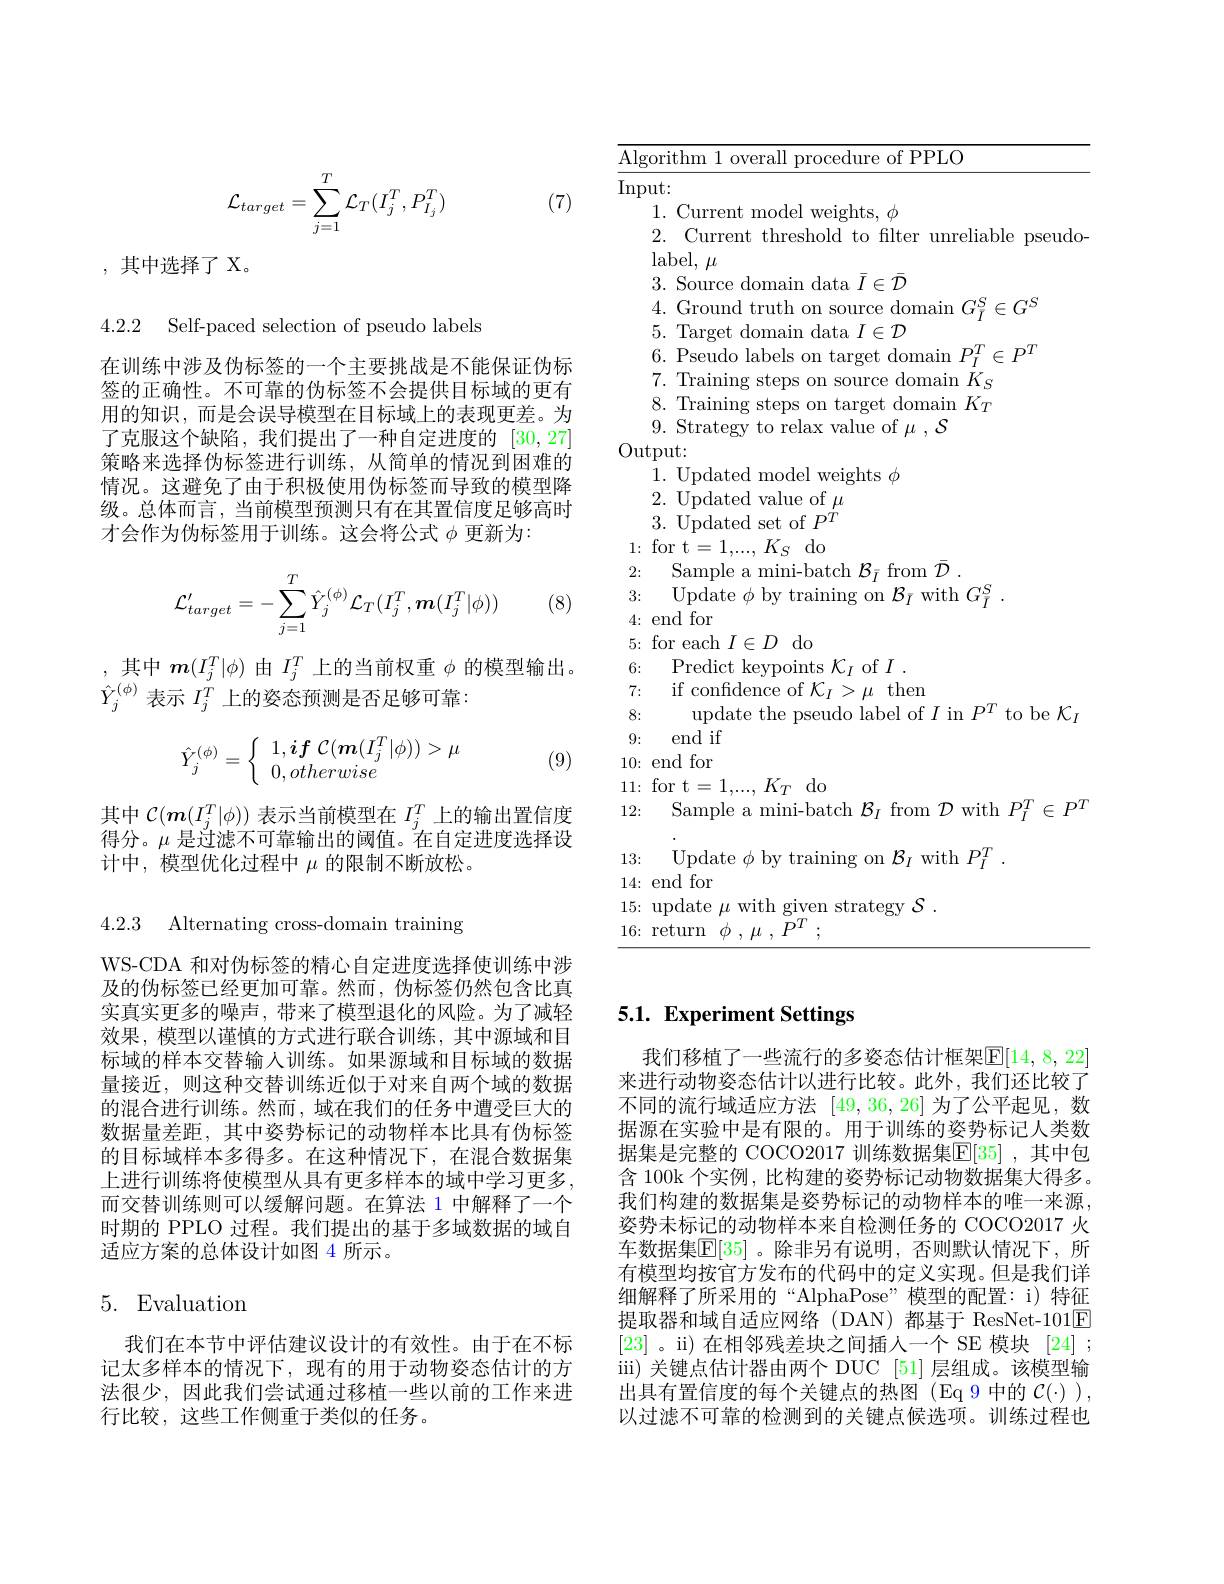
$$\mathcal{L}_{target}=\sum_{j=1}^T\mathcal{L}_T(I_j^T,P_{I_j}^T)$$
(7)

,其中选择了 X。

4.2.2 Self-paced selection of pseudo labels

在训练中涉及伪标签的一个主要挑战是不能保证伪标签的正确性。不可靠的伪标签不会提供目标域的更有用的知识，而是会误导模型在目标域上的表现更差。为了克服这个缺陷，我们提出了一种自定进度的[30,27] 策略来选择伪标签进行训练，从简单的情况到困难的情况。这避免了由于积极使用伪标签而导致的模型降级。总体而言，当前模型预测只有在其置信度足够高时才会作为伪标签用于训练。这会将公式$\phi$更新为：
$$\mathcal{L}_{target}'=-\sum_{j=1}^T\hat{Y}_j^{(\phi)}\mathcal{L}_T(I_j^T,\boldsymbol{m}(I_j^T|\phi))$$
(8)

,其中$m(I_j^T|\phi)$由$I_j^T$上的当前权重$\phi$的模型输出。
$\hat{Y}_{j}^{(\phi)}$表示$I_j^T$上的姿态预测是否足够可靠：
$$\hat{Y}_j^{(\phi)}=\left\{\begin{array}{l}1,\boldsymbol{if}\:\mathcal{C}(\boldsymbol{m}(I_j^T|\phi))>\mu\\0,otherwise\end{array}\right.$$
(9)

其中$\mathcal{C}(\boldsymbol{m}(I_j^T|\phi))$表示当前模型在$I_j^T$上的输出置信度得分。$\mu$是过滤不可靠输出的阈值。在自定进度选择设计中，模型优化过程中$\mu$的限制不断放松。

4.2.3 Alternating cross-domain training

WS-CDA 和对伪标签的精心自定进度选择使训练中涉及的伪标签已经更加可靠。然而，伪标签仍然包含比真实真实更多的噪声，带来了模型退化的风险。为了减轻效果，模型以谨慎的方式进行联合训练，其中源域和目标域的样本交替输人训练。如果源域和目标域的数据量接近，则这种交替训练近似于对来自两个域的数据的混合进行训练。然而，域在我们的任务中遭受巨大的数据量差距，其中姿势标记的动物样本比具有伪标签的目标域样本多得多。在这种情况下，在混合数据集上进行训练将使模型从具有更多样本的域中学习更多， 而交替训练则可以缓解问题。在算法 1 中解释了一个时期的 PPLO 过程。我们提出的基于多域数据的域自适应方案的总体设计如图 4 所示。

## 5. Evaluation

我们在本节中评估建议设计的有效性。由于在不标记太多样本的情况下，现有的用于动物姿态估计的方法很少，因此我们尝试通过移植一些以前的工作来进行比较，这些工作侧重于类似的任务。

Algorithm 1 overall procedure of PPLO
Input:
1. Current model weights, $\phi$
2. Current threshold to filter unreliable pseudo-
$\begin{array}{l}\mathrm{label,~}\mu\\3.\:\mathrm{Source~domain~data~}\bar{I}\in\bar{\mathcal{D}}\end{array}$
4. Ground truth on source domain $G_{I}^{S}\in G^{S}$
5. Target domain data $I\in\mathcal{D}$
$\begin{array}{l}6.&\mathrm{Pseudo~labels~on~target~domain~}P_{I}^{T}\in P^{T}\\7.&\mathrm{Training~steps~on~source~domain~}K_{S}\end{array}$
8. Training steps on target domain $K_T$
9. Strategy to relax value of $\mu,\mathcal{S}$
Output:
1. Updated model weights $\phi$
2.Updated value of $\mu$ $3.{\mathrm{~Updated~set~of~}}P^{\dot{T}}$
1:for t$=1,...,K_S$do
Sample a mini-batch $\mathcal{B}_{\bar{I}}$ from $\bar{\mathcal{D}}$
2: 3:
${\mathrm{Update~}\phi\text{ by training on }\mathcal{B}_{\bar{I}}}$with$G_{\bar{I} }^{S}$ .
4{:}end for
$5\colon$for each$I\in D$do
6{:} Predict keypoints $\mathcal{K}_I$ of $I.$ 7{:} if confidence of $\mathcal{K}_I>\mu$ then
update the pseudo label of $I$ in $P^T$ to be $\mathcal{K}_I$
8:
9: end if $10\colon$end for $11\colon$for t$=1,...,K_T$do
12: Sample a mini-batch $\mathcal{B}_I$ from $\mathcal{D}$ with $P_I^T\in P^T$
Update $\phi$ by training on $\mathcal{B}_I$ with $P_I^T.$
13:
14: end for
15{:} update $\mu$ with given strategy $\mathcal{S}.$
${\tilde {16}: {\mathrm{~return~}\phi }, \mu , \tilde{P} ^{T}}$ ;

## 5.1. Experiment Settings

我们移植了一些流行的多姿态估计框架$\overline{\mathrm{E}}[14,8,22]$ 来进行动物姿态估计以进行比较。此外，我们还比较了不同的流行域适应方法[49,36,26]为了公平起见，数据源在实验中是有限的。用于训练的姿势标记人类数据集是完整的 COCO2017 训练数据集$\overline{\mathbb{F}}[35]$ ,其中包含 100k 个实例，比构建的姿势标记动物数据集大得多。我们构建的数据集是姿势标记的动物样本的唯一来源， 姿势未标记的动物样本来自检测任务的 COCO2017 火车数据集$\mathbb{E}[35]$ 。除非另有说明，否则默认情况下，所有模型均按官方发布的代码中的定义实现。但是我们详细解释了所采用的“AlphaPose”模型的配置：i)特征提取器和域自适应网络(DAN)都基于 ResNet-101E [23] 。ii) 在相邻残差块之间插人一个 SE 模块 [24] ; iii)关键点估计器由两个 DUC [51]层组成。该模型输出具有置信度的每个关键点的热图(Eq 9 中的$\mathcal{C}(\cdot)$ ), 以过滤不可靠的检测到的关键点候选项。训练过程也